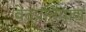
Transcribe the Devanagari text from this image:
वेदप्रतिपाद्य